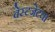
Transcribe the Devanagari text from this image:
वेस्टजेटचा